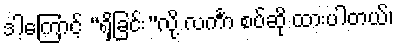
ဒါ့ကြောင့် “ရှိခြင်း”လို့ လင်္ကာ စပ်ဆို ထားပါတယ်၊